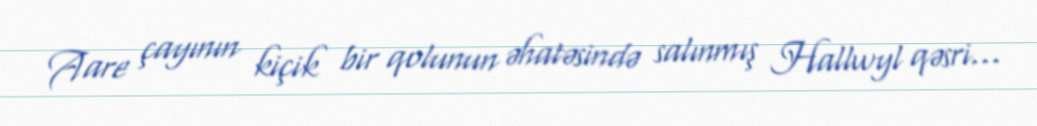
Aare çayının kiçik bir qolunun əhatəsində salınmış Hallwyl qəsri...